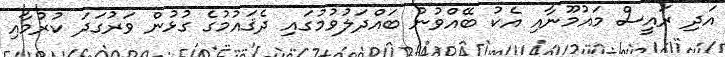
އަދި ރައީސް މައުމޫނާއި އެކު ބޭއްވުނު ބައްދަލުވުމުގައި ދެޤައުމުގެ ގުޅުން ވަރުގަދަ ކުރުމާއި